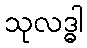
သုလဒ္ဓါ